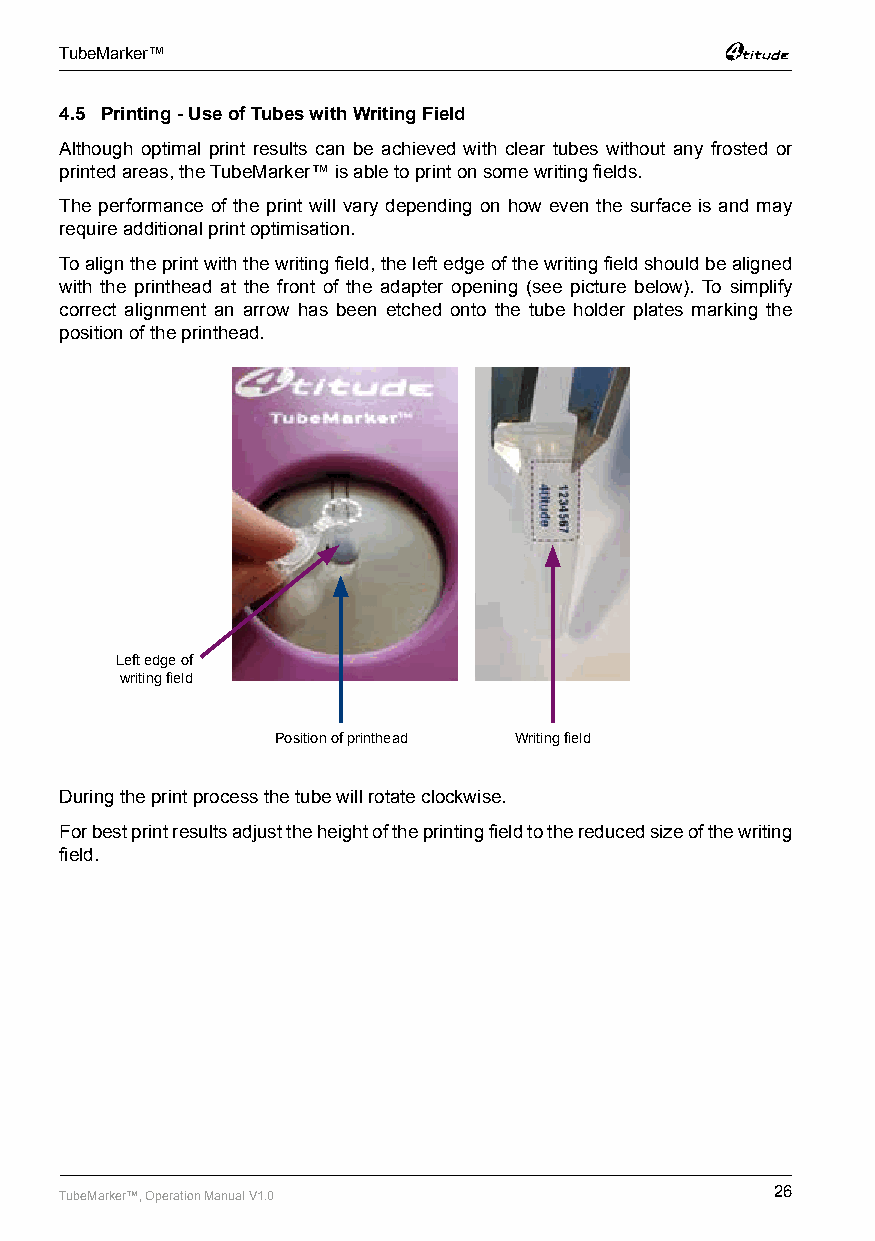
TubeMarker™
 4.5 Printing - Use of Tubes with Writing Field
 Although optimal print results can be achieved with clear tubes without any frosted or
 printed areas, the TubeMarker™ is able to print on some writing fields.
 The performance of the print will vary depending on how even the surface is and may
 require additional print optimisation.
 To align the print with the writing field, the left edge of the writing field should be aligned
 with the printhead at the front of the adapter opening (see picture below). To simplify
 correct alignment an arrow has been etched onto the tube holder plates marking the
 position of the printhead.
 Left edge of
 writing field
 Position of printhead Writing field
 During the print process the tube will rotate clockwise.
 For best print results adjust the height of the printing field to the reduced size of the writing
 field.
 TubeMarker™, Operation Manual V1.0             26